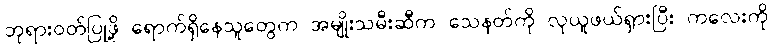
ဘုရားဝတ်ပြုဖို့ ရောက်ရှိနေသူတွေက အမျိုးသမီးဆီက သေနတ်ကို လုယူဖယ်ရှားပြီး ကလေးကို